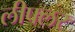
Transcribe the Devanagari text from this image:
लीफ्लर